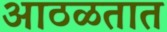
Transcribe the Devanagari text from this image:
आठळतात